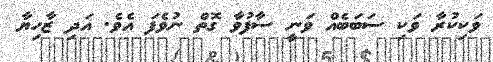
ވަކިކުރާ ވަކި ސަބަބެއް ވަނީ ސާފުވާ ގޮތް ނުވެފަ އެވެ. އަދި ޒާހިޔާ